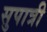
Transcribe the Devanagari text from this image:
सुपात्री